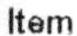
ITEM